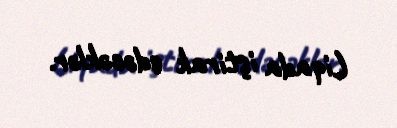
Liqada iştirak edəcəklər.